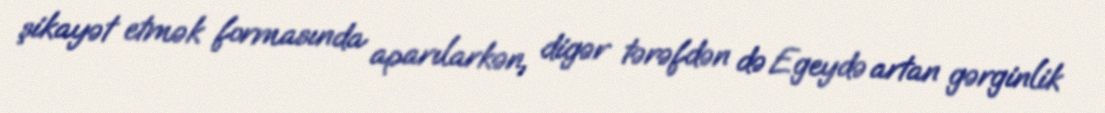
şikayət etmək formasında aparılarkən, digər tərəfdən də Egeydə artan gərginlik